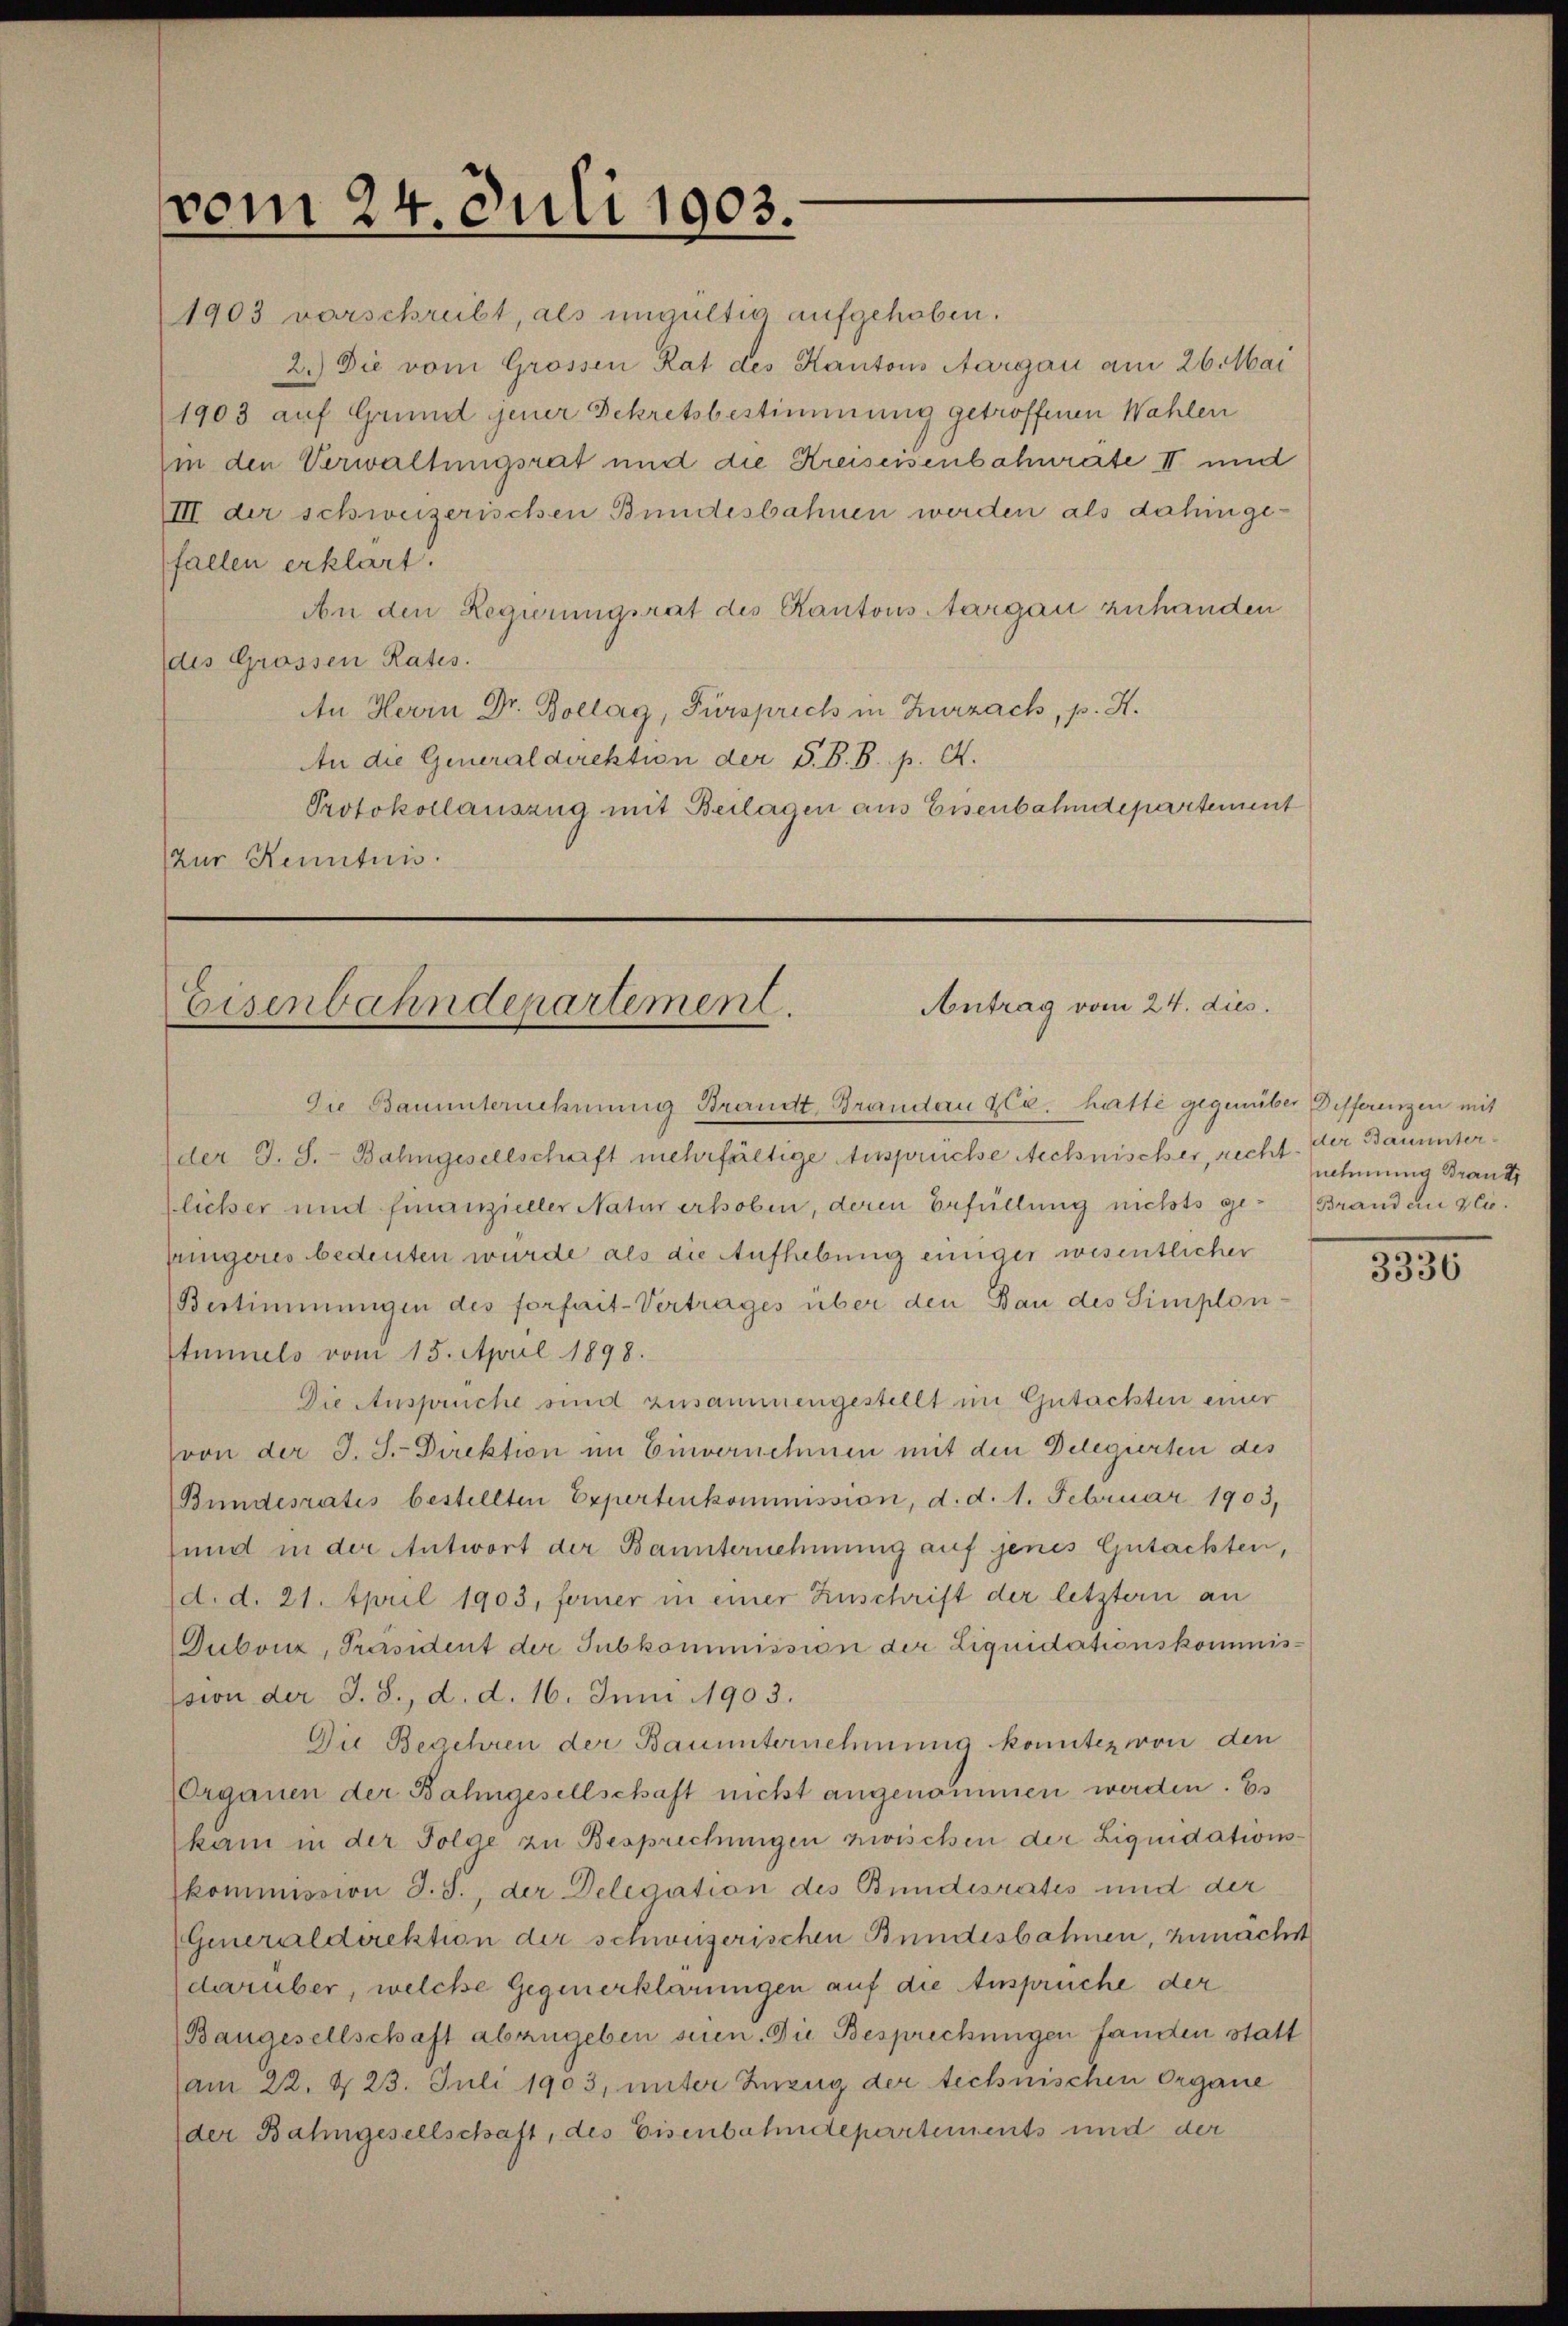
vom 24. Juli 1903.

1903 verschreibt, als ungültig aufgehoben.
2.) Die vom Grossen Rat des Kantons Aargau am 26. Mai
1903 auf Grund jener Dekretsbestimmung getroffenen Wahlen
Ein den Verwaltungsrat und die Kreiseisenbahnräte II und
IIII der schweizerischen Bundesbahnen werden als dahingefallen erklärt.
An den Regierungsrat des Kantons Aargau zuhanden
des Grossen Rates.
An Herrn Dr. Bollag, Fürsprich in Zurzach, p. H.
An die Generaldirektion der S. B. B. p. A.
Protokollauszug mit Beilagen aus Eisenbahndepartement
Zur Kenntnis.

Antrag vom 24. dies
Eisenbahndepartement.

Die Bauunternehmung Brandt, Brandau zli, hatte gegenüber Differenzen mit
der J. S. Bahngesellschaft mehrfältige Ansprüche Aechnischer, recht. Der Bauunterlicher und finanzieller Natur erhoben, deren Erfüllung nichts ge-Brand an glijüngeres bedeuten wurde als die Aufhebung einiger wesentlicher
Bestimmungen des forfait-Vertrages über den Bau des Simplon¬
Stimmels vom 15. April 1898.
Die Ansprüche sind zusammengestellt im Gutachten einer
von der J. S.-Direktion im Einvernehmen mit den Delegirten des
(Bundesratis bestellten Expertenkommission, d. d. 1. Februar 1903,
und in der Antwort der Baunternehmung auf jenes Gutachten,
d. d. 21. April 1903, ferner in einer Zuschrift der letztern an
Duboiz, Präsident der Subkommission der Liquidationskommisssion der J. S., d. d. 16. Juni 1903.
Die Begehren der Bauunternehmung konntez von den
Organen der Bahngesellschaft nicht angenommen werden. Es
kam in der Folge zu Besprechungen zwischen der Liquidationskommission J. J., der Delegation des Bundesrates und der
(Generaldirektion der schweizerischen Bundesbahnen, zunächst
darüber, welche Gegenerklärungen auf die Ansprüche der
(Baugesellschaft abzugeben seien. Die Besprechungen fanden statt
am 22. d. 23. Juli 1903, unter Zuzug der technischen Organe
(der Bahngesellschaft, des Eisenbahndepartements und der

nehmung Braut

3336